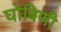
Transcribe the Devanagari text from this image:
घोबिणी